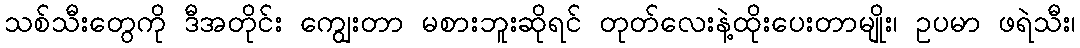
သစ်သီးတွေကို ဒီအတိုင်း ကျွေးတာ မစားဘူးဆိုရင် တုတ်လေးနဲ့ထိုးပေးတာမျိုး၊ ဥပမာ ဖရဲသီး၊